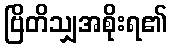
ဗြိတိသျှအစိုးရ၏